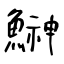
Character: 鰰